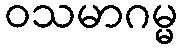
ဝသမာဂမ္မ